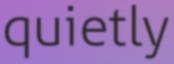
quietly